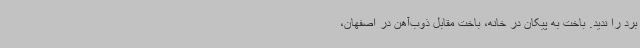
برد را ندید. باخت به پیکان در خانه، باخت مقابل ذوب‌آهن در اصفهان،